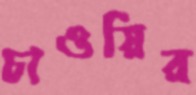
চাওয়ির